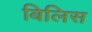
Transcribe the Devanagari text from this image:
बिलिस